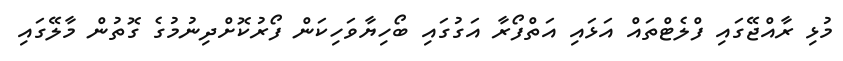
މުޅި ރާއްޖޭގައި ފްލެޓްތައް އަޅައި އަތްފޯރާ އަގުގައި ބޯހިޔާވަހިކަން ފޯރުކޮށްދިނުމުގެ ގޮތުން މާލޭގައި